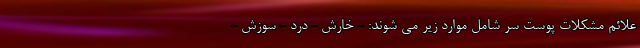
علائم مشکلات پوست سر شامل موارد زیر می شوند: - خارش - درد - سوزش -